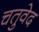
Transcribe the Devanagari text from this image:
चतुवेद